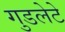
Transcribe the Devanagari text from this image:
गुडलेटे